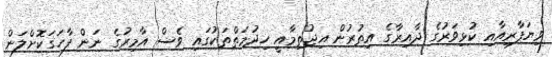
ވިޔަފާރިއާއި ކުޅިވަރުގެ ދާއިރާގެ އިތުރުން އިޖުތިމާއީ ހިދުމަތްތަކުގައި ވެސް އާމިރުގެ ނަން ފާހަގަކޮށްލަން